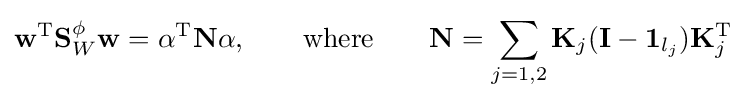
\mathbf {w} ^{\text{T}}\mathbf {S} _{W}^{\phi }\mathbf {w} =\mathbf {\alpha } ^{\text{T}}\mathbf {N} \mathbf {\alpha } ,\qquad {\text{where}}\qquad \mathbf {N} =\sum _{j=1,2}\mathbf {K} _{j}(\mathbf {I} -\mathbf {1} _{l_{j}})\mathbf {K} _{j}^{\text{T}}